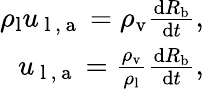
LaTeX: \begin{array}{r}{\rho_{\mathrm{l}}u_{\mathrm{~l~,~a~}}=\rho_{\mathrm{v}}\frac{\mathrm dR_{\mathrm{b}}}{\mathrm dt},}\\ {u_{\mathrm{~l~,~a~}}=\frac{\rho_{\mathrm{v}}}{\rho_{\mathrm{l}}}\frac{\mathrm dR_{\mathrm{b}}}{\mathrm dt},}\end{array}